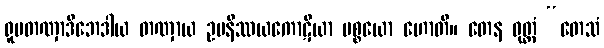
ရူပတဏှာဒိဘေဒါယ တဏှာယ ဥပနိဿယကောဋိယာ ပစ္စယော ဟောတိ။ တေန ဝုတ္တံ “တေသံ